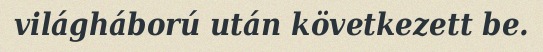
világháború után következett be.